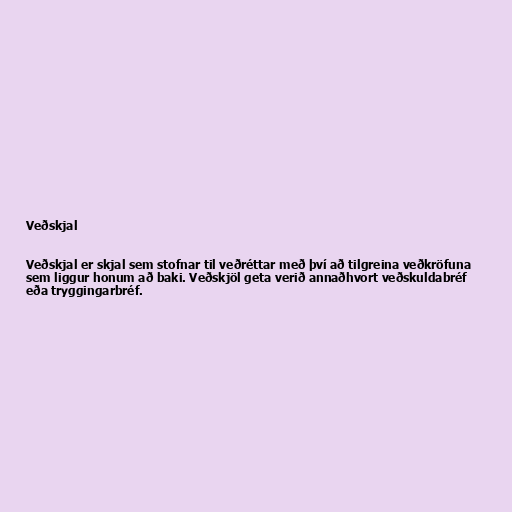
Veðskjal

Veðskjal er skjal sem stofnar til veðréttar með því að tilgreina veðkröfuna
sem liggur honum að baki. Veðskjöl geta verið annaðhvort veðskuldabréf
eða tryggingarbréf.